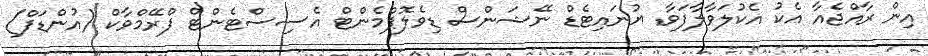
އިން ރާއްޖެއާ އެކު އެކުލަވާލާފަވާ